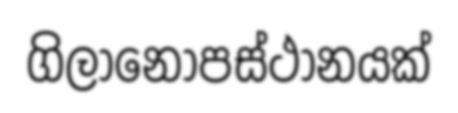
ගිලානෝපස්ථානයක්